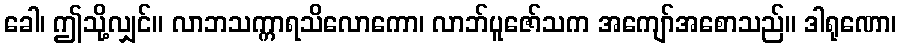
ခေါ၊ ဤသို့လျှင်။ လာဘသက္ကာရသိလောကော၊ လာဘ်ပူဇော်သက အကျော်အစောသည်။ ဒါရုဏော၊